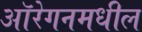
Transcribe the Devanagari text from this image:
ऑरेगनमधील